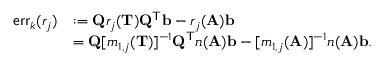
\begin{array} { r l } { \mathsf { e r r } _ { k } ( r _ { j } ) } & { : = \mathbf { Q } r _ { j } ( \mathbf { T } ) \mathbf { Q } ^ { \mathsf { T } } \mathbf { b } - r _ { j } ( \mathbf { A } ) \mathbf { b } } \\ & { = \mathbf { Q } [ m _ { 1 , j } ( \mathbf { T } ) ] ^ { - 1 } \mathbf { Q } ^ { \mathsf { T } } n ( \mathbf { A } ) \mathbf { b } - [ m _ { 1 , j } ( \mathbf { A } ) ] ^ { - 1 } n ( \mathbf { A } ) \mathbf { b } . } \end{array}